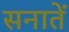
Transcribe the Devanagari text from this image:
सनातें